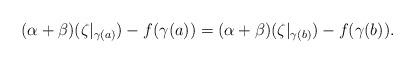
LaTeX: \begin{align*}(\alpha+\beta)(\zeta\vert_{\gamma(a)})-f(\gamma(a))=(\alpha+\beta)(\zeta\vert_{\gamma(b)})-f(\gamma(b)).\end{align*}